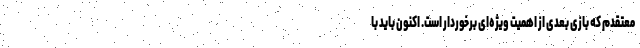
معتقدم که بازی بعدی از اهمیت ویژه‌ای برخوردار است. اکنون باید با